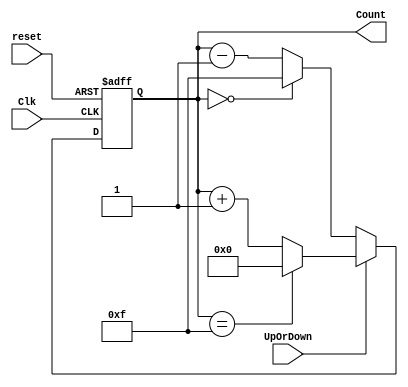
`timescale 1ns / 1ps
//////////////////////////////////////////////////////////////////////////////////
// Company: 
// Engineer: 
// 
// Design Name: 
// Module Name: Async_up_down_counter
// Project Name: 
// Target Devices: 
// Tool Versions: 
// Description: 
// 
// Dependencies: 
// 
// Revision:
// Revision 0.01 - File Created
// Additional Comments:
// 
//////////////////////////////////////////////////////////////////////////////////


module Async_up_down_counter(
    Clk,
    reset,
    UpOrDown,  //high for UP counter and low for Down counter
    Count
    );

    
    //input ports and their sizes
    input Clk,reset,UpOrDown;
    //output ports and their size
    output [3 : 0] Count;
    //Internal variables
    reg [3 : 0] Count = 0;  
    
     always @(posedge(Clk) or posedge(reset))
     begin
        if(reset == 1) 
            Count <= 0;
        else    
            if(UpOrDown == 1)   //Up mode selected
                if(Count == 15)
                    Count <= 0;
                else
                    Count <= Count + 1; //Incremend Counter
            else  //Down mode selected
                if(Count == 0)
                    Count <= 15;
                else
                    Count <= Count - 1; //Decrement counter
     end    
    
endmodule